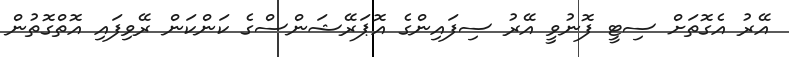
އޭރު އެގޮތަށް ސިޓީ ފޮނުވީ އޭރު ސިފައިންގެ އޮޕަރޭޝަންސްގެ ކަންކަން ރޭވިފައި އޮތްގޮތުން